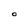
Character: O